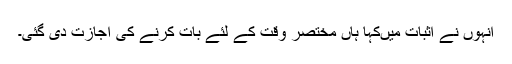
انہوں نے اثبات میںکہا ہاں مختصر وقت کے لئے بات کرنے کی اجازت دی گئی۔